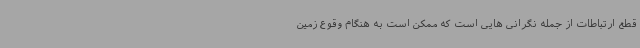
قطع ارتباطات از جمله نگرانی هایی است که ممکن است به هنگام وقوع زمین